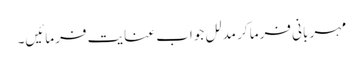
مہر بانی فرما کر مدلل جواب عنایت فرمائیں۔